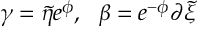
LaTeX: \gamma = { \tilde { \eta } } e ^ { \phi } , ~ ~ \beta = e ^ { - \phi } \partial { \tilde { \xi } }